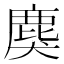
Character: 𪊏